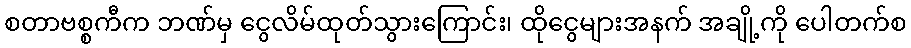
စတာဗစ္စကီက ဘဏ်မှ ငွေလိမ်ထုတ်သွားကြောင်း၊ ထိုငွေများအနက် အချို့ကို ပေါတက်စ